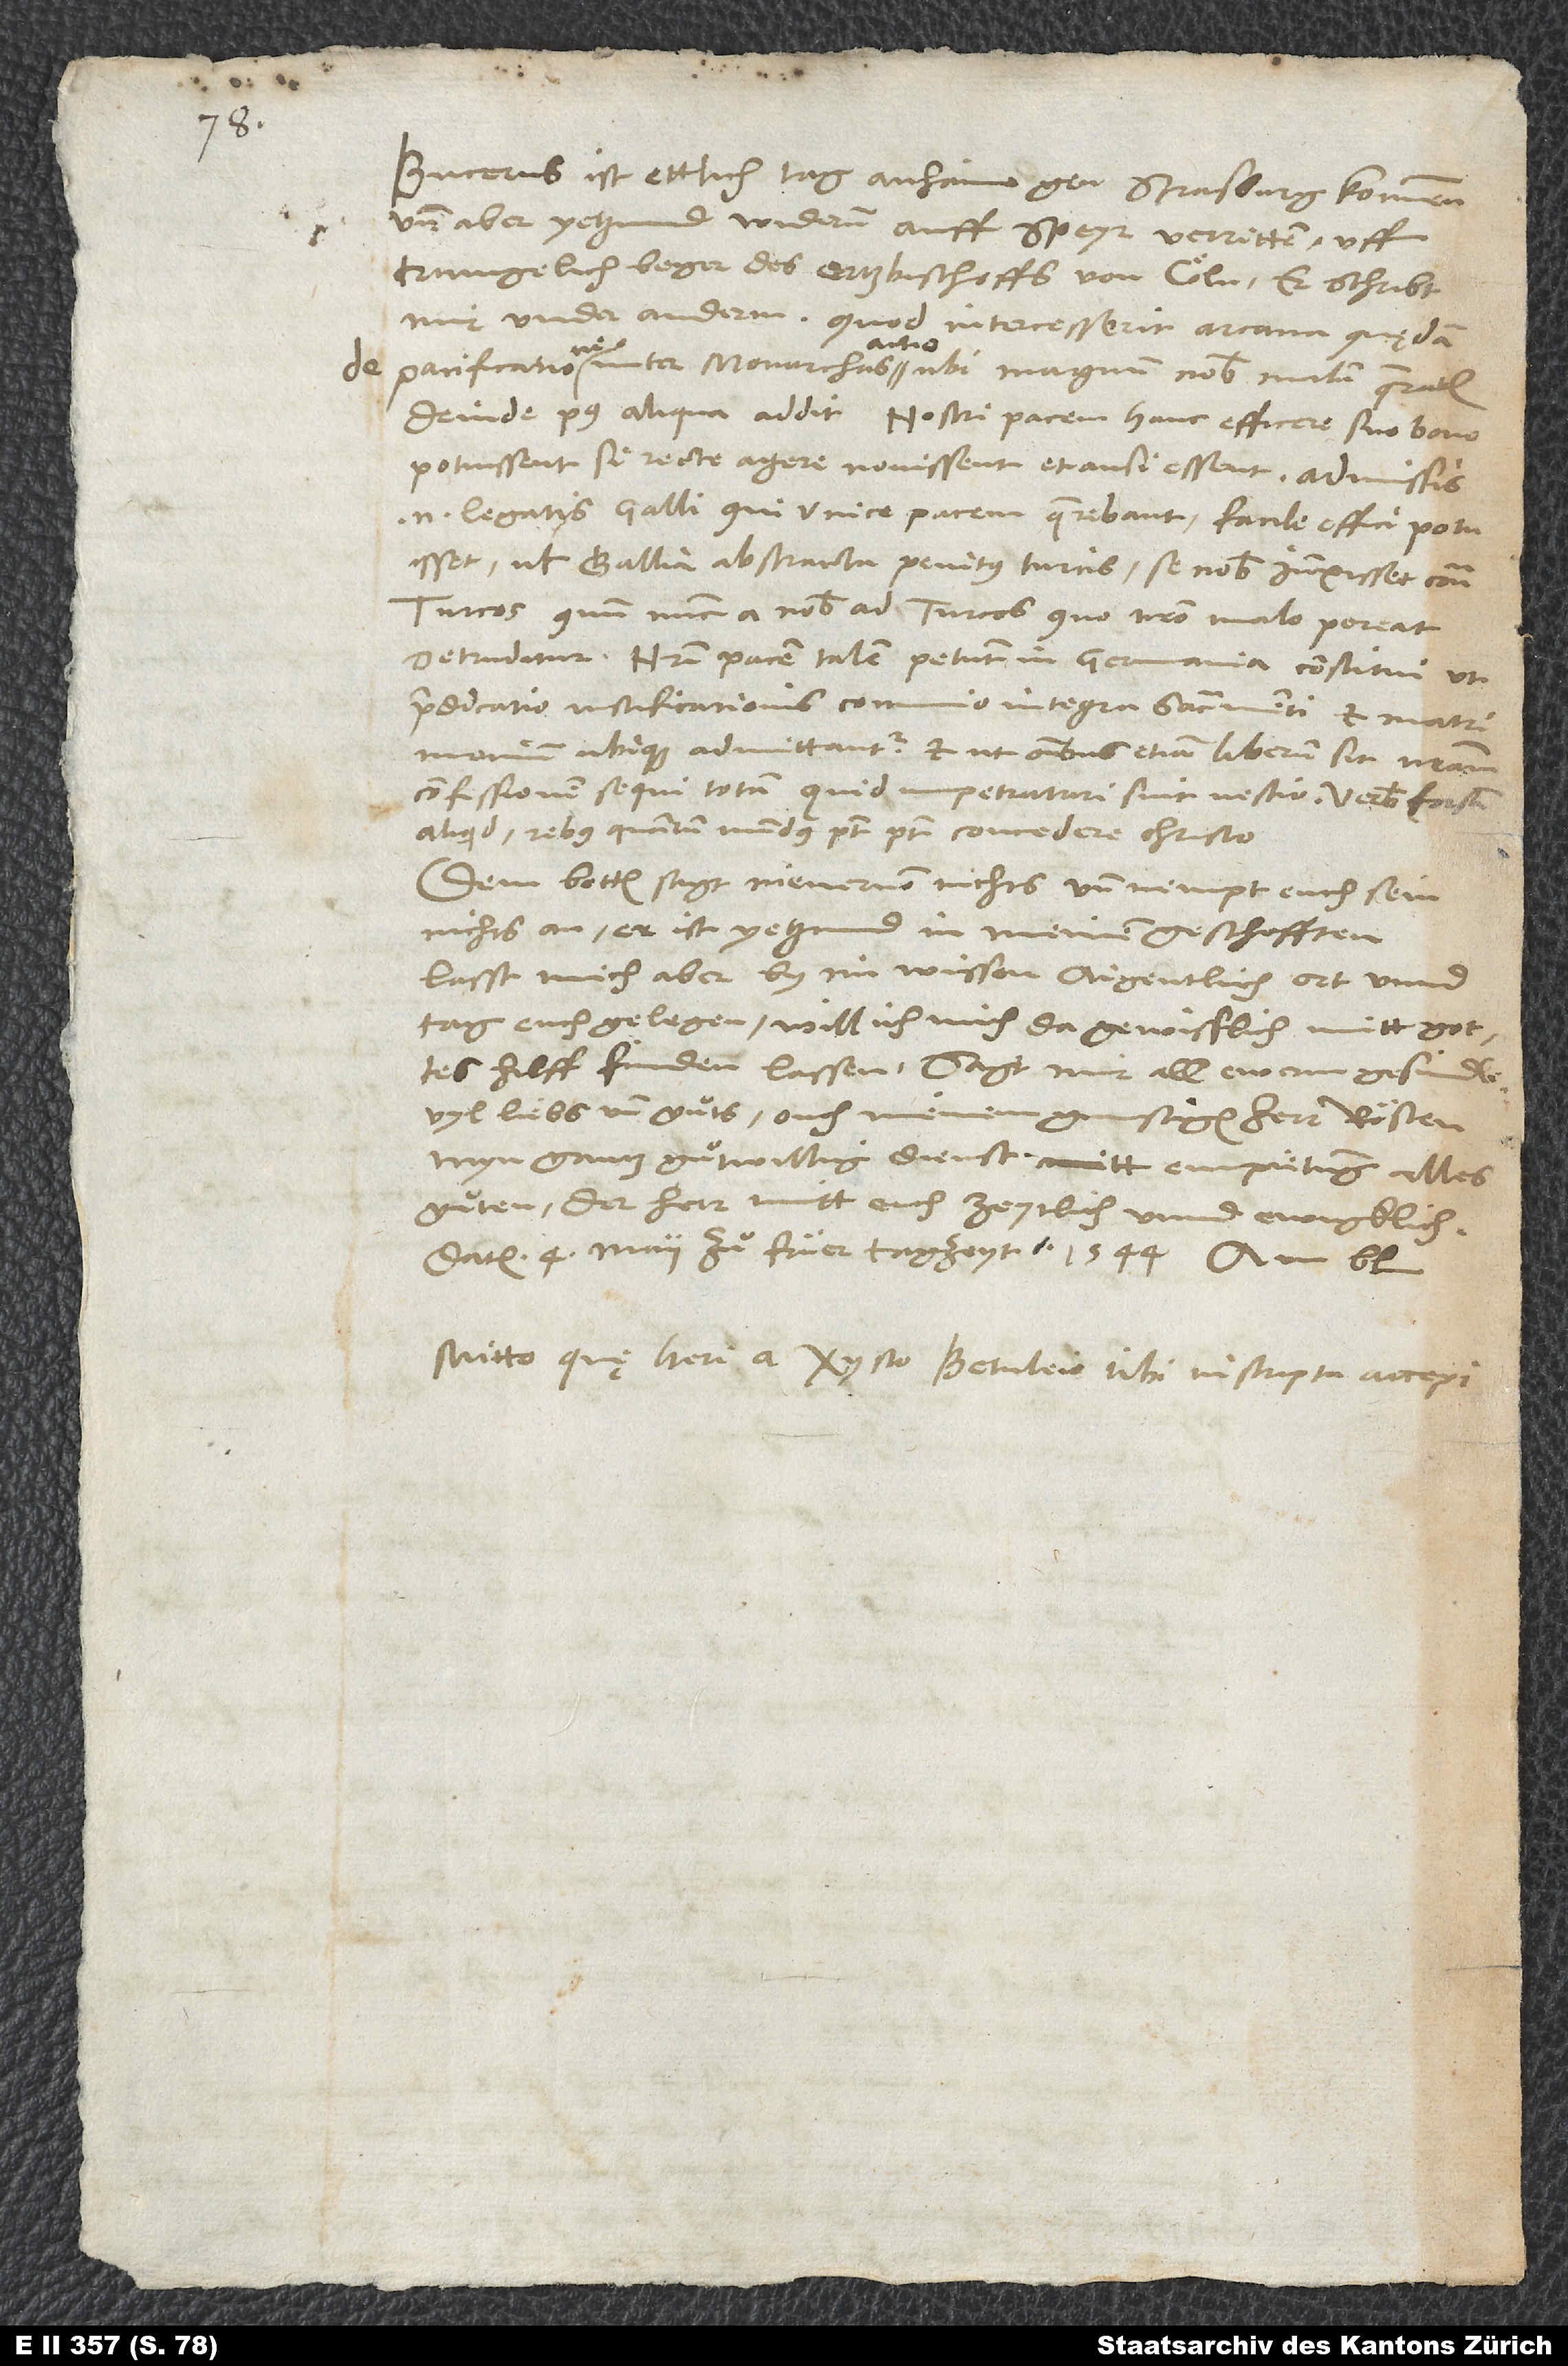
Bucerus ist ettlich tag anhaim gen Strasburg kommen
und aber yetzund widerum auff Speyr verritten uff
trungelich beger des ertzbischoffs von Cöln. Er schribt
mir under anderm, quod intercesserit arcana quędam
de pacificatione inter monarchas actio, ubi magnum nobis malum quaeratur.
Deinde post aliqua addit: „Nostri pacem hanc efficere suo bono
potuissent, si recte agere novissent et ausi essent. Admissis
enim legatis Galli, qui unice pacem quaerebant, facile effici potuisset,
ut Gallia abstracta penitus Turcis se nobis iunxisset contra
Turcos, quum nunc a nobis ad Turcos, quo nostro malo pereat,
detrudatur. Nostri pacem talem petunt in Germania constitui, ut
praedicatio iustificationis, communio integra sacramenti et matrimonium
ubique admittantur et ut omnibus etiam liberum sit nostram
confessionem sequi totam. Quid impetraturi sint, nescio; verbis forsan
aliquid, rebus, quantum mundus potest concedere Christo.“
Dem botten sagt nienervon nichts und nempt euch sein
nichts an; er ist yetzund in meinen geschefften.
Lasst mich aber by im wissen aigentlich ort und
tag, euch gelegen; will ich mich da gewisslich mitt gottes
hilff finden lassen. Sagt mir all ewerm gesindle
vyl liebs und guͦts, ouch meinem gunstigen herr Rösten
myn gantz guͦtwillig dienst mitt empietung alles
guͦten. Der herr mitt euch zeytlich unnd ewigklich.
Datum 4. maii, zuͦ früer tagzeyt, 1544. Am.
Mitto, quę heri a Xysto Betuleio tibi inscripta accepi.